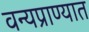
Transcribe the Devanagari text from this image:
वन्यप्राण्यात